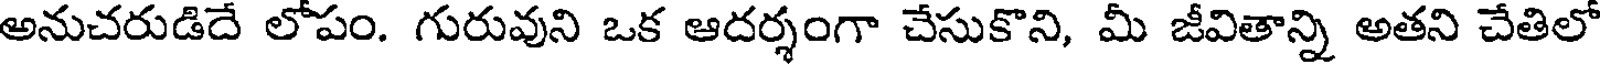
అనుచరుడిదే లోపం. గురువుని ఒక ఆదర్శంగా చేసుకొని, మీ జీవితాన్ని అతని చేతిలో